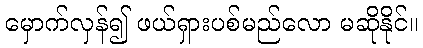
မှောက်လှန်၍ ဖယ်ရှားပစ်မည်လော မဆိုနိုင်။